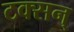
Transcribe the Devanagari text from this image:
टक्सन्